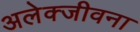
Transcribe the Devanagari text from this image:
अलेक्जीवना